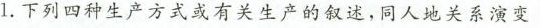
1.下列四种生产方式或有关生产的叙述，同人地关系演变